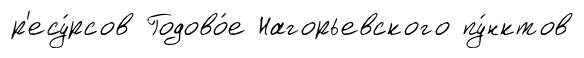
р'есу́рсов Годово́е Нагорьевского пу́нктов